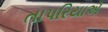
તાપરિયાએ